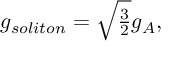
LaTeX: g _ { s o l i t o n } = \sqrt { \textstyle { \frac { 3 } { 2 } } } g _ { A } ,